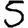
Digit: 5